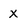
Character: x